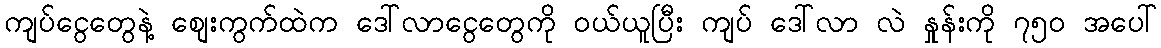
ကျပ်ငွေတွေနဲ့ စျေးကွက်ထဲက ဒေါ်လာငွေတွေကို ဝယ်ယူပြီး ကျပ် ဒေါ်လာ လဲ နှုန်းကို ၇၅၀ အပေါ်